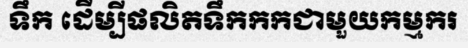
ទឹក ដើម្បីផលិតទឹកកកជាមួយកម្មករ